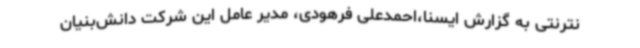
نترنتی به گزارش ایسنا،احمدعلی فرهودی، مدیر عامل این شرکت دانش‌بنیان